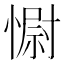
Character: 𢠢